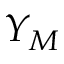
Y _ { M }